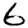
Digit: 6